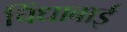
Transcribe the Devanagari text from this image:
चिंधाबाई